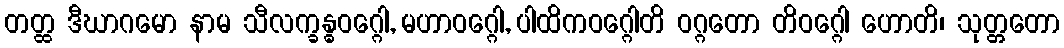
တတ္ထ ဒီဃာဂမော နာမ သီလက္ခန္ဓဝဂ္ဂေါ, မဟာဝဂ္ဂေါ, ပါထိကဝဂ္ဂေါတိ ဝဂ္ဂတော တိဝဂ္ဂေါ ဟောတိ၊ သုတ္တတော